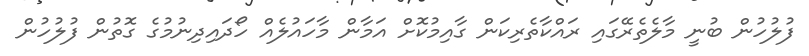
ފުލުހުން ބުނީ މާލެތެރޭގައި ރައްކާތެރިކަން ގާއިމުކޮށް އަމާން މާހައުލެއް ހޯދައިދިނުމުގެ ގޮތުން ފުލުހުން